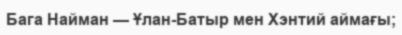
Бага Найман — Ұлан-Батыр мен Хэнтий аймағы;